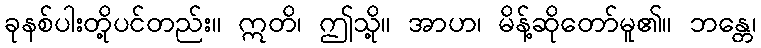
ခုနစ်ပါးတို့ပင်တည်း။ ဣတိ၊ ဤသို့။ အာဟ၊ မိန့်ဆိုတော်မူ၏။ ဘန္တေ၊